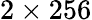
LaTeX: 2\times 256